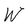
Character: W